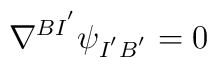
\nabla^{BI^{'}}\psi_{I^{'}B^{'}}=0